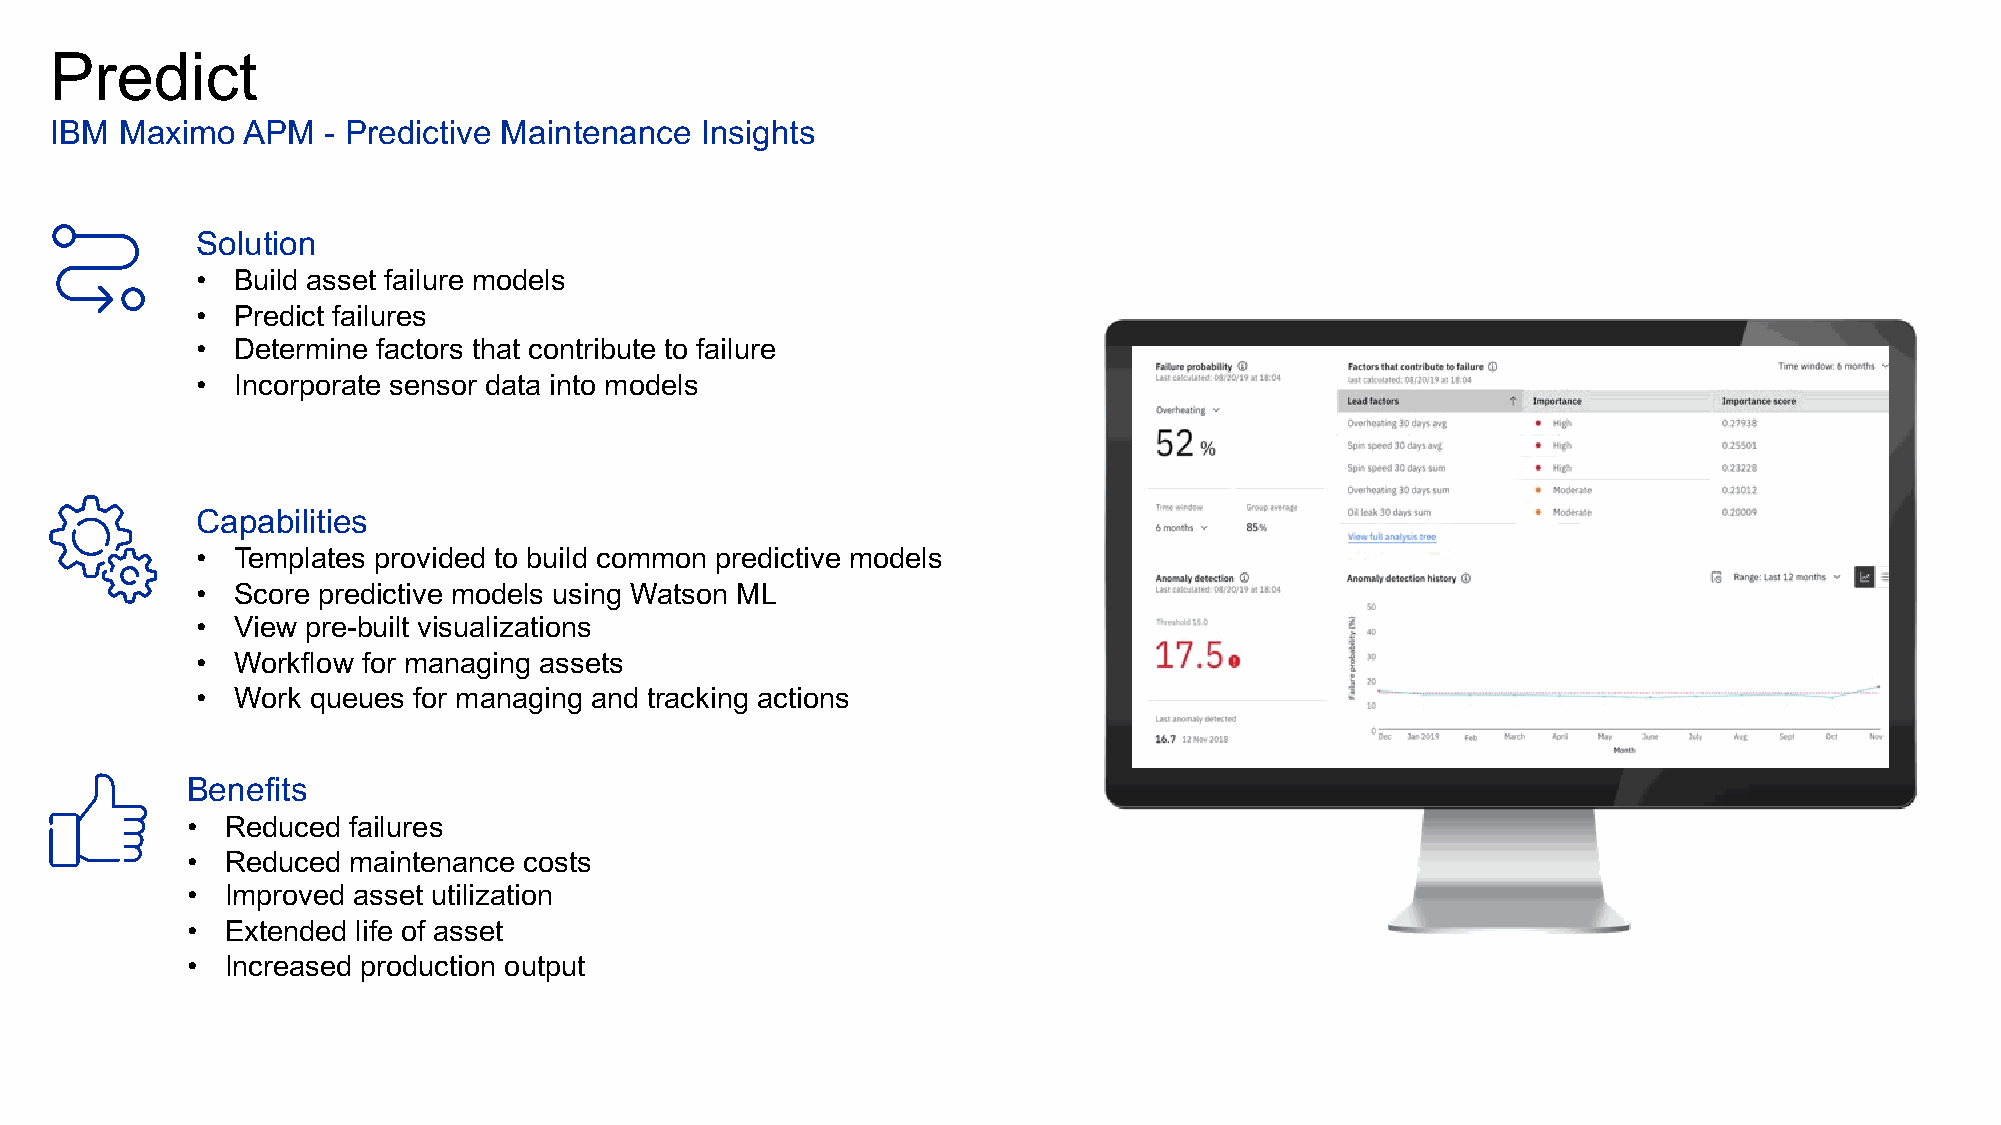
MAXIMO                  APPLICATION                        SUITE
 ▪ Maximo     Application      Suite  8.4 –  Manage       “Manage       is a component        of MAS”
 ▪ IBM Maximo   Manage  (previously IBM Maximo Asset Management)  includes a new deployment  model  on
 Red  Hat OpenShift.
 ▪ Maximo   Manage  is both entitled and deployed through Maximo Application Suite, providing an enterprise-
 grade, container-based  deployment  platform based on Red Hat OpenShift.
 ▪ IBM  Maximo      Manage      Release     Date:  May    18th  / 2021
 ▪ EOS   Maximo     7.6.0:  September       2021
 ▪ EOS   Maximo     7.6.1:  September       2025   (Proposed)
 6